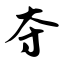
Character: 夺